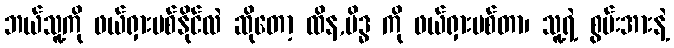
ဘယ်သူ့ကို ဖယ်ရှားပစ်နိုင်လဲ ဆိုတော့ ထိန,မိဒ္ဓ ကို ဖယ်ရှားပစ်တာ၊ သူ့ရဲ့ စွမ်းအားနဲ့